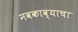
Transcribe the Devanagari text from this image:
नवकाव्याचा